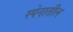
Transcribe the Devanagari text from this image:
स्पेनातील